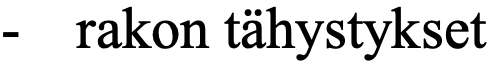
-  rakon tähystykset